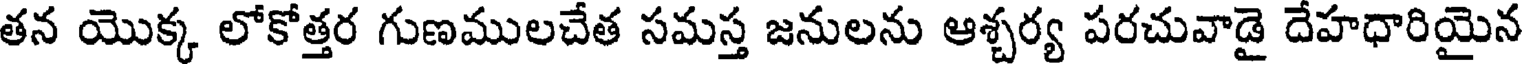
తన యొక్క లోకోత్తర గుణములచేత సమస్త జనులను ఆశ్చర్య పరచువాడై దేహధారియైన